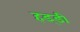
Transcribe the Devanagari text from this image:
हड्‍डी